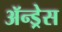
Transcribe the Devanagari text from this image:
ॲन्ड्रेस